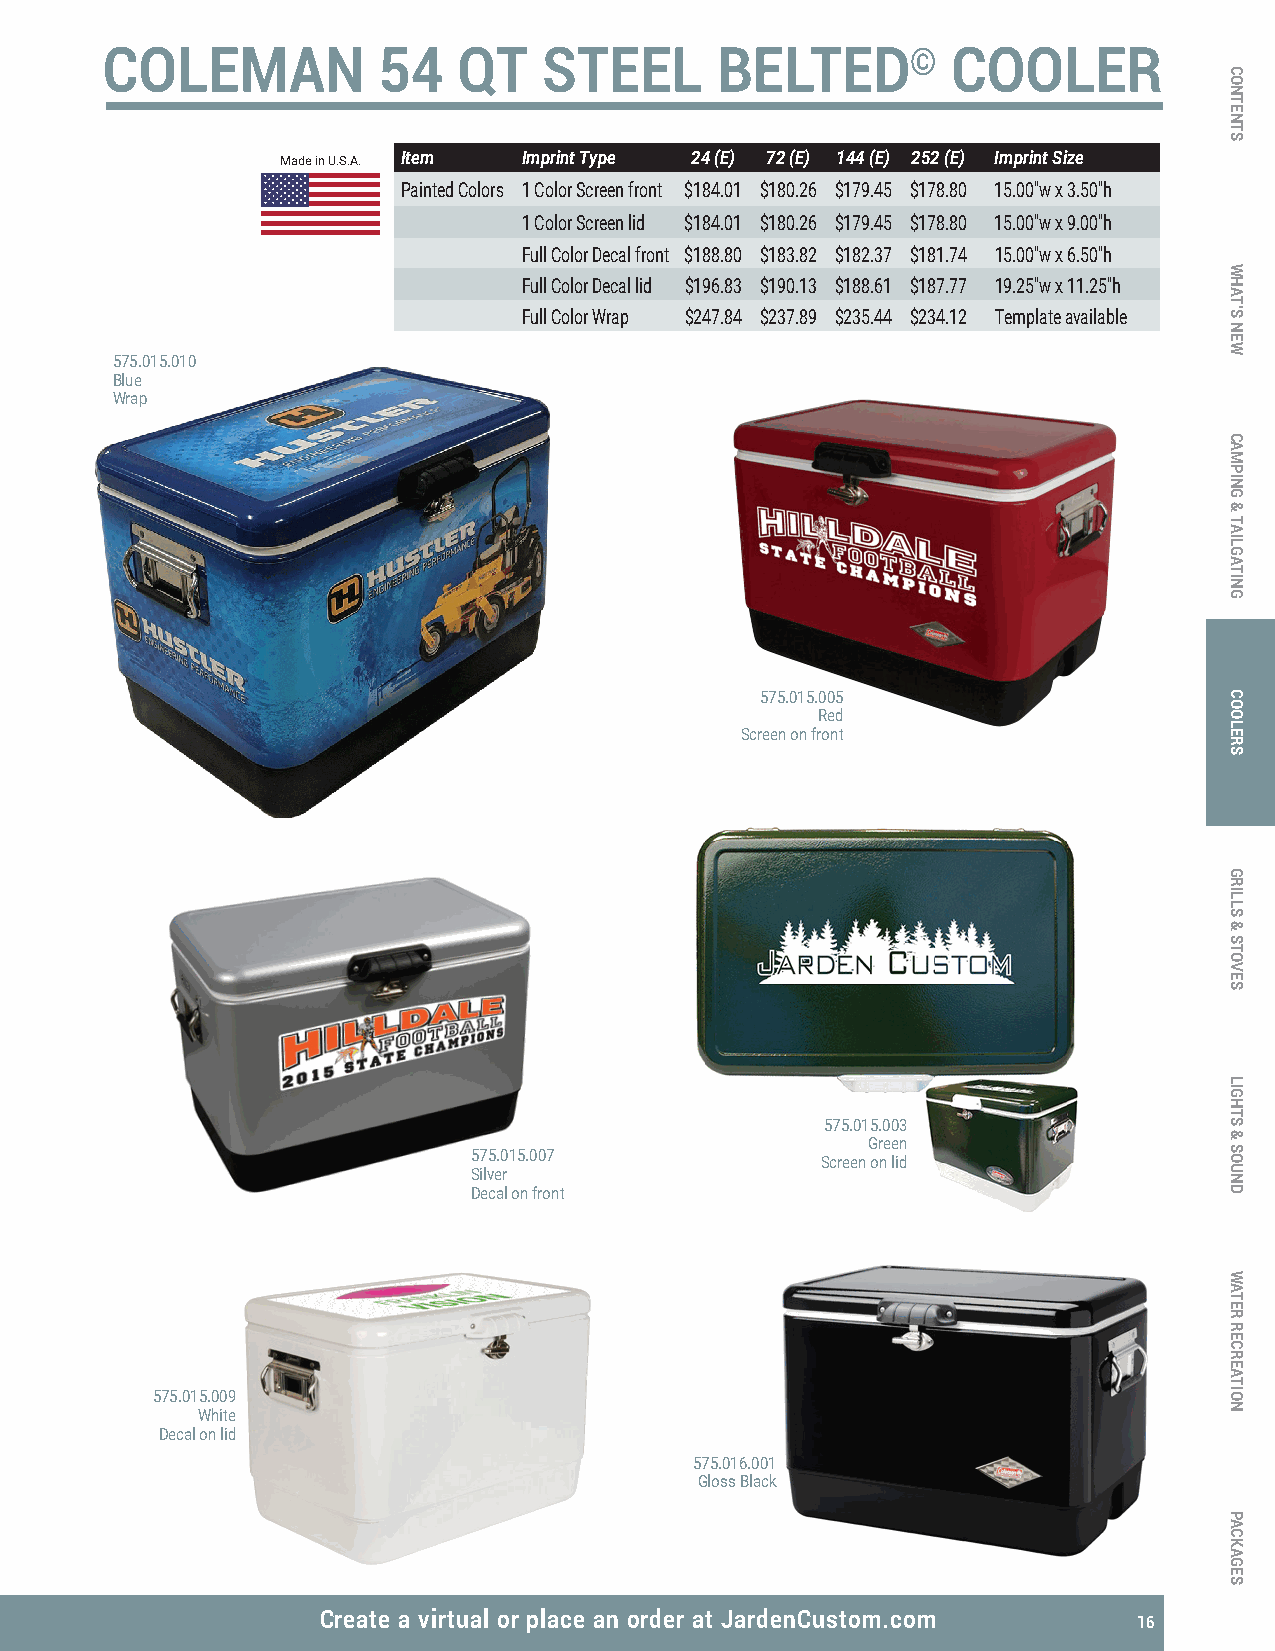
COLEMAN           54   QT    STEEL      BELTED©         COOLER
 Made in U.S.A. Item Imprint Type 24 (E) 72 (E) 144 (E) 252 (E) Imprint Size
 Painted Colors 1 Color Screen front $184.01 $180.26 $179.45 $178.80 15.00"w x 3.50"h
 1 Color Screen lid $184.01 $180.26 $179.45 $178.80 15.00"w x 9.00"h
 Full Color Decal front $188.80 $183.82 $182.37 $181.74 15.00"w x 6.50"h
 Full Color Decal lid $196.83 $190.13 $188.61 $187.77 19.25"w x 11.25"h
 Full Color Wrap $247.84 $237.89 $235.44 $234.12 Template available
 575.015.010
 Blue
 Wrap
 575.015.005
 Red
 Screen on front
 575.015.003
 Green
 575.015.007
 Screen on lid
 Silver
 Decal on front
 575.015.009
 White
 Decal on lid
 575.016.001
 Gloss Black
 Create a virtual or place an order at JardenCustom.com 16
 CONTENTS
 WHAT’S
 NEW
 CAMPING
 &
 TAILGATING
 COOLERS
 GRILLS
 &
 STOVES
 LIGHTS
 &
 SOUND
 WATER
 RECREATION
 PACKAGES